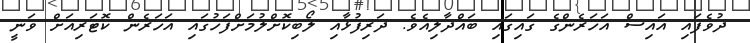
ދުވެފައި އައިސް އަހަރެންގެ ގައިގައި ބައްދާލިއެވެ. ދަރިފުޅާއި ލޯބިކޮށްލުމަށްފަހުގައި އަހަރެން ކޮޓަރިއަށް ވަނީ